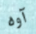
آوه